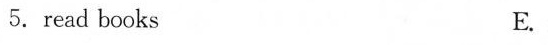
5. read books E.